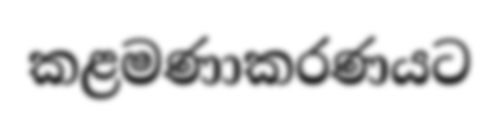
කළමණාකරණයට